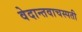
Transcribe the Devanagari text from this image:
वेदान्तवाचस्पती